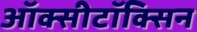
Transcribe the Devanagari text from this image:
ऑक्सीटॉक्सिन